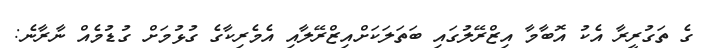
ގެ ތަގުރީރާ އެކު އޮބާމާ އިޒްރޭލުގައި ބަތަލަކަށްއިޒްރޭލާއި އެމެރިކާގެ ގުޅުމަށް ގުޑުމެއް ނާރާނެ: